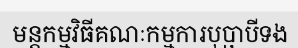
មន្តកម្មវិធីគណៈកម្មការបុប្ផាបីទង